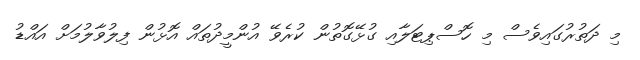
މި ދަތުރުގައިވެސް މި ހޮސްޕިޓަލާއި ގުޅޭގޮތުން ކުރެވޭ އުންމީދުތައް އޮޅުން ފިލުވާލުމަށް އައްޑު